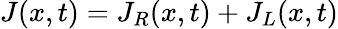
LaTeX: J(x,t)=J_{R}(x,t)+J_{L}(x,t)